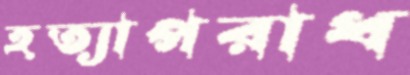
হত্যাপরাধ